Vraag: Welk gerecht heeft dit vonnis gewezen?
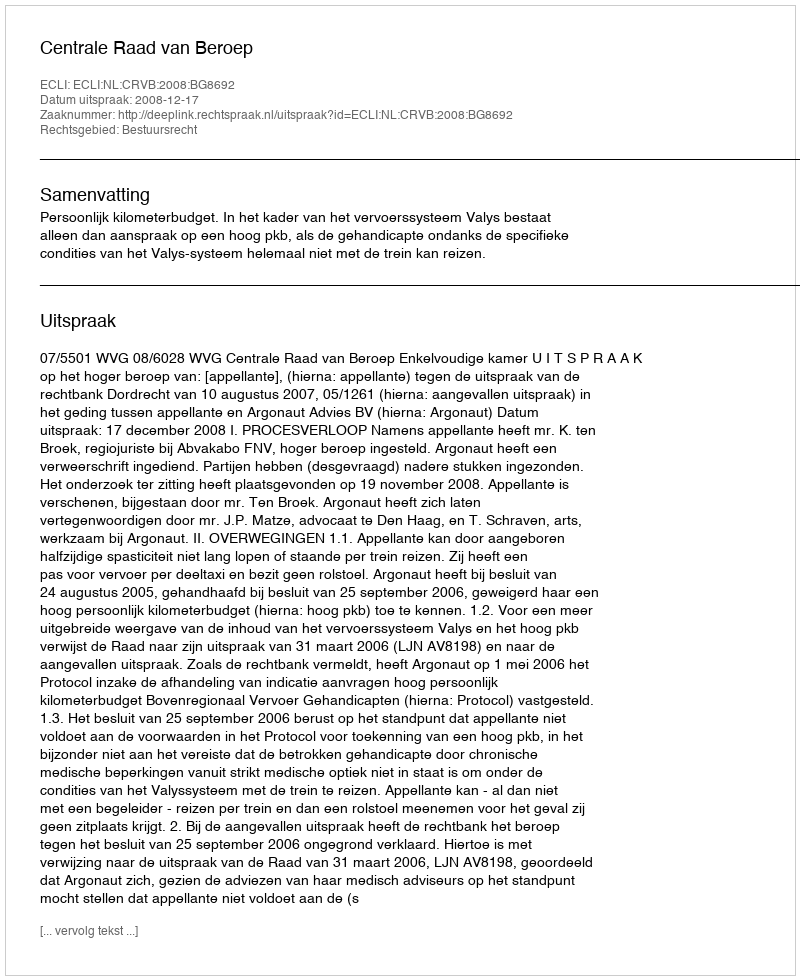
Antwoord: Centrale Raad van Beroep